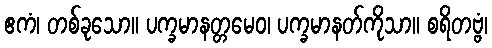
ဧကံ၊ တစ်ခုသော။ ပက္ခမာနတ္တမေဝ၊ ပက္ခမာနတ်ကိုသာ။ စရိတဗ္ဗံ၊